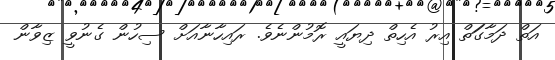
އަތް ދަަަމާާގަަަތްް އިރު އެހިތް ދިޔައީ ރޮމުންނެވެ. ރައިހާނާއަށް ސިހުން ގެނުވީ ޒިވާން